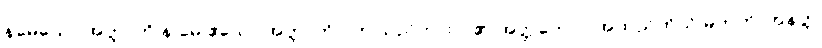
နမေသော အတ္တာတိ န မေ ဧသော အတ္တာတိ - ဤသည်ကား ငါ၏ အတ္တကောင် အထည်ကိုယ် မဟုတ်၊ အနတ္တ